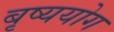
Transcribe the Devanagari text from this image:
बृष्ययोग